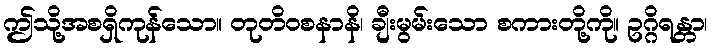
ဤသို့အစရှိကုန်သော။ တုတိဝစနာနိ၊ ချီးမွမ်းသော စကားတို့ကို။ ဥဂ္ဂိရန္တာ၊